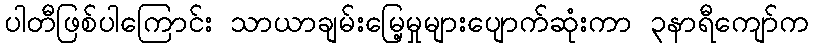
ပါတီဖြစ်ပါကြောင်း သာယာချမ်းမြေ့မှုများပျောက်ဆုံးကာ ၃နာရီကျော်က